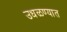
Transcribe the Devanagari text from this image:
उधळण्यात